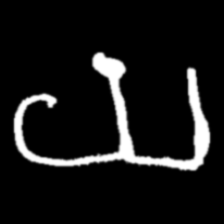
Pyu character \u2014 Myanmar letter: ယ (romanized: ya)